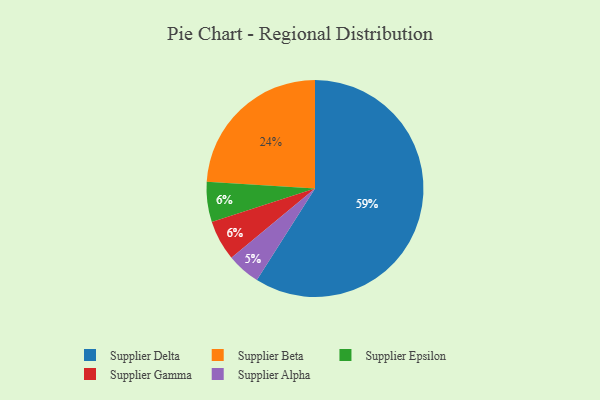
{"axis": {"x": "Category", "y": "Percentage"}, "legend": ["Supplier Alpha", "Supplier Beta", "Supplier Delta", "Supplier Epsilon", "Supplier Gamma"], "data": [{"x": "Supplier Epsilon", "y": 6, "type": "Supplier Epsilon"}, {"x": "Supplier Delta", "y": 59, "type": "Supplier Delta"}, {"x": "Supplier Gamma", "y": 6, "type": "Supplier Gamma"}, {"x": "Supplier Beta", "y": 24, "type": "Supplier Beta"}, {"x": "Supplier Alpha", "y": 5, "type": "Supplier Alpha"}]}